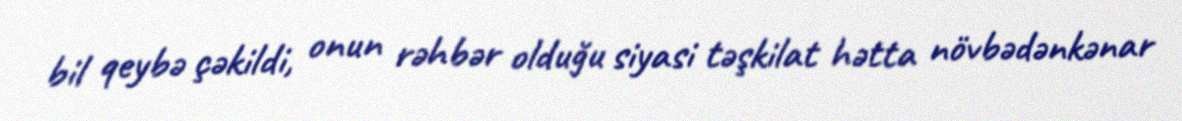
bil qeybə çəkildi, onun rəhbər olduğu siyasi təşkilat hətta növbədənkənar